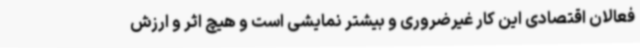
فعالان اقتصادی این کار غیرضروری و بیشتر نمایشی است و هیچ اثر و ارزش